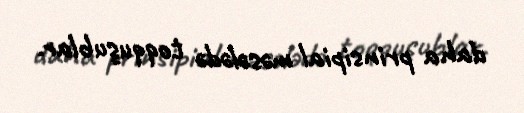
daha prinsipial məsələdə toqquşublar.